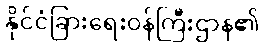
နိုင်ငံခြားရေးဝန်ကြီးဌာန၏